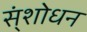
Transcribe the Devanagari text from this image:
स्ंशोधन